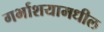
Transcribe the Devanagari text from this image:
गर्भाशयामधील